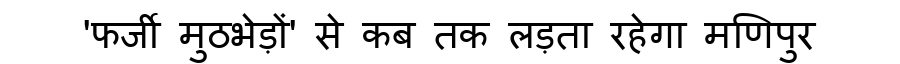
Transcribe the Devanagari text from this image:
'फर्जी मुठभेड़ों' से कब तक लड़ता रहेगा मणिपुर